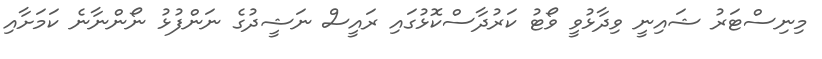
މިނިސްޓަރު ޝައިނީ ވިދާޅުވީ ވޯޓު ކަރުދާސްކޮޅުގައި ރައީސް ނަޝީދުގެ ނަންފުޅު ނޯންނާނެ ކަމަށާއި